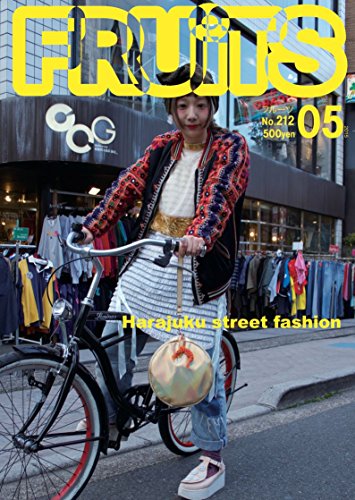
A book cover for FRUiTS (FRUiTS magazine); Shoichi Aoki; Arts & Photography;